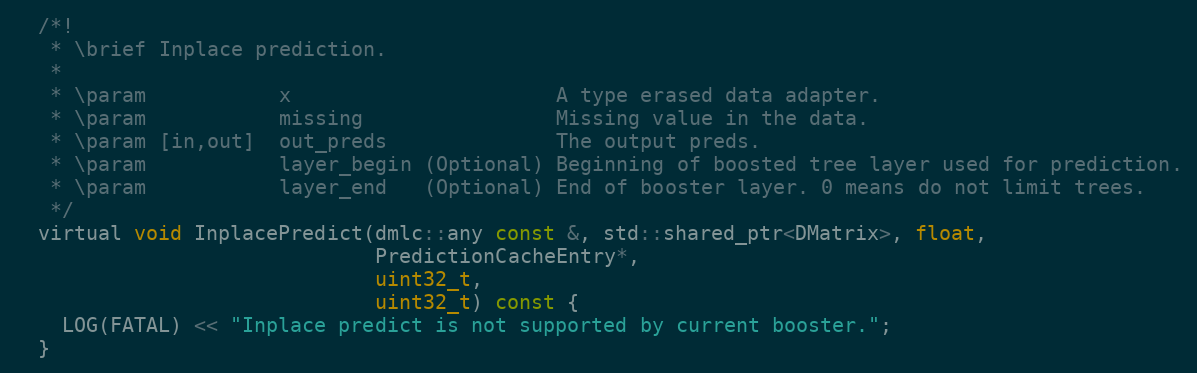
Language: C
  /*!
   * \brief Inplace prediction.
   *
   * \param           x                      A type erased data adapter.
   * \param           missing                Missing value in the data.
   * \param [in,out]  out_preds              The output preds.
   * \param           layer_begin (Optional) Beginning of boosted tree layer used for prediction.
   * \param           layer_end   (Optional) End of booster layer. 0 means do not limit trees.
   */
  virtual void InplacePredict(dmlc::any const &, std::shared_ptr<DMatrix>, float,
                              PredictionCacheEntry*,
                              uint32_t,
                              uint32_t) const {
    LOG(FATAL) << "Inplace predict is not supported by current booster.";
  }